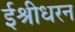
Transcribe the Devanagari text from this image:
ईश्रीधरन